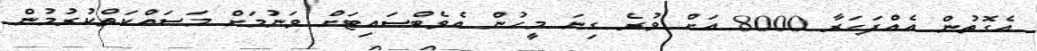
އެގޮތުން އެއްފަހަރާ 8000 އަށް ވުރެ ގިނަ މީހުން އެވެބްސައިޓަށް ވަނުމަށް މަސައްކަތްކުރުމުން